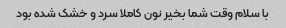
با سلام وقت شما بخیر نون کاملا سرد و خشک شده بود